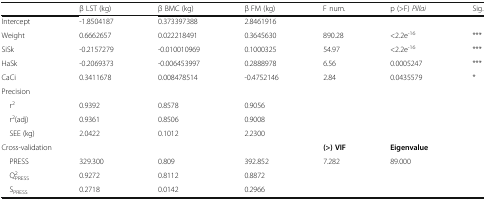
<table><thead><tr><td></td><td><b>β LST (kg)</b></td><td><b>β BMC (kg)</b></td><td><b>β FM (kg)</b></td><td><b>F num.</b></td><td><b>p (&gt;F) <i>Pillai</i></b></td><td><b>Sig.</b></td></tr></thead><tbody><tr><td>Intercept</td><td>-1.8504187</td><td>0.373397388</td><td>2.8461916</td><td></td><td></td><td></td></tr><tr><td>Weight</td><td>0.6662657</td><td>0.022218491</td><td>0.3645630</td><td>890.28</td><td>&lt;2.2e<sup>-16</sup></td><td>***</td></tr><tr><td>SiSk</td><td>-0.2157279</td><td>-0.010010969</td><td>0.1000325</td><td>54.97</td><td>&lt;2.2e<sup>-16</sup></td><td>***</td></tr><tr><td>HaSk</td><td>-0.2069373</td><td>-0.006453997</td><td>0.2888978</td><td>6.56</td><td>0.0005247</td><td>***</td></tr><tr><td>CaCi</td><td>0.3411678</td><td>0.008478514</td><td>-0.4752146</td><td>2.84</td><td>0.0435579</td><td>*</td></tr><tr><td colspan="7">Precision</td></tr><tr><td> r<sup>2</sup></td><td>0.9392</td><td>0.8578</td><td>0.9056</td><td></td><td></td><td></td></tr><tr><td> r<sup>2</sup>(adj)</td><td>0.9361</td><td>0.8506</td><td>0.9008</td><td></td><td></td><td></td></tr><tr><td> SEE (kg)</td><td>2.0422</td><td>0.1012</td><td>2.2300</td><td></td><td></td><td></td></tr><tr><td colspan="2">Cross-validation</td><td></td><td></td><td><b>(&gt;) VIF</b></td><td><b>Eigenvalue</b></td><td></td></tr><tr><td> PRESS</td><td>329.300</td><td>0.809</td><td>392.852</td><td>7.282</td><td>89.000</td><td></td></tr><tr><td> Q<sup>2</sup><sub>PRESS</sub></td><td>0.9272</td><td>0.8112</td><td>0.8872</td><td></td><td></td><td></td></tr><tr><td> S<sub>PRESS</sub></td><td>0.2718</td><td>0.0142</td><td>0.2966</td><td></td><td></td><td></td></tr></tbody></table>